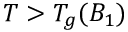
T > T _ { g } ( B _ { 1 } )